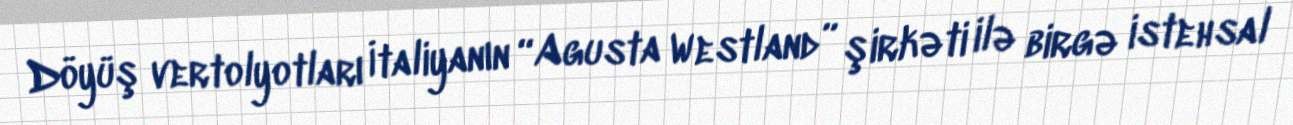
Döyüş vertolyotları İtaliyanın “Agusta Westland” şirkəti ilə birgə istehsal